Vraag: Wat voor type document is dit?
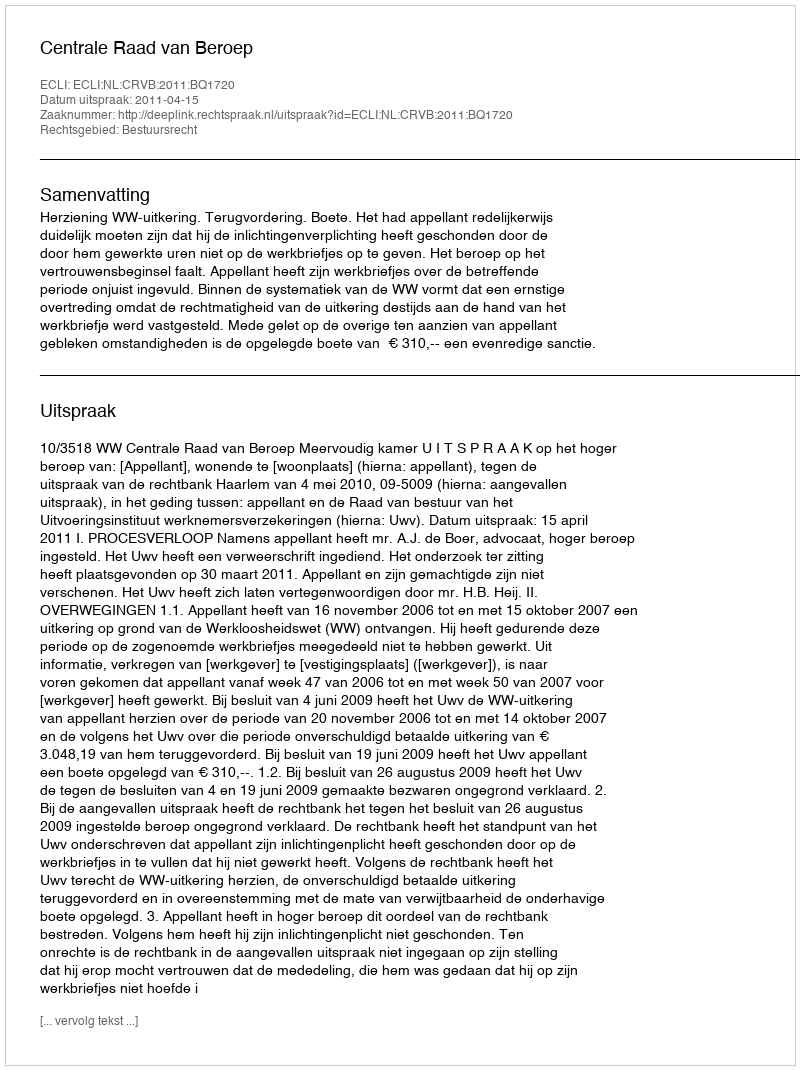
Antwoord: Uitspraak